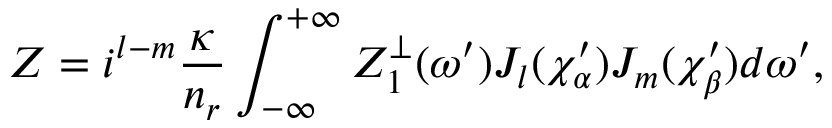
Z = i ^ { l - m } \frac { \kappa } { n _ { r } } \int _ { - \infty } ^ { + \infty } Z _ { 1 } ^ { \perp } ( \omega ^ { \prime } ) J _ { l } ( \chi _ { \alpha } ^ { \prime } ) J _ { m } ( \chi _ { \beta } ^ { \prime } ) d \omega ^ { \prime } ,